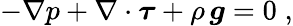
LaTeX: -\nabla p+\nabla\cdot\boldsymbol{\tau}+\rho\, \boldsymbol{g}=0\; ,